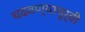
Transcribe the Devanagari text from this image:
चढवण्यापूर्वी